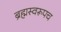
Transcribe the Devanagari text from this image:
ब्रह्मस्वरूपच